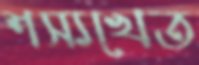
শস্যখেত